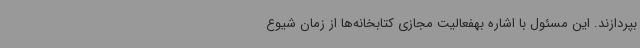
بپردازند. این مسئول با اشاره بهفعالیت مجازی کتابخانه‌ها از زمان شیوع